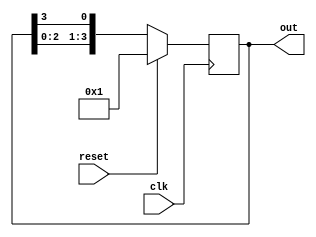
module ring_counter(
    input wire clk,
    input wire reset,
    output reg [3:0] out
);

reg [3:0] state;

always @(posedge clk) begin
    if (reset) begin
        state <= 4'b0001;
    end else begin
        state <= {state[2:0], state[3]};
    end
end

assign out = state;

endmodule